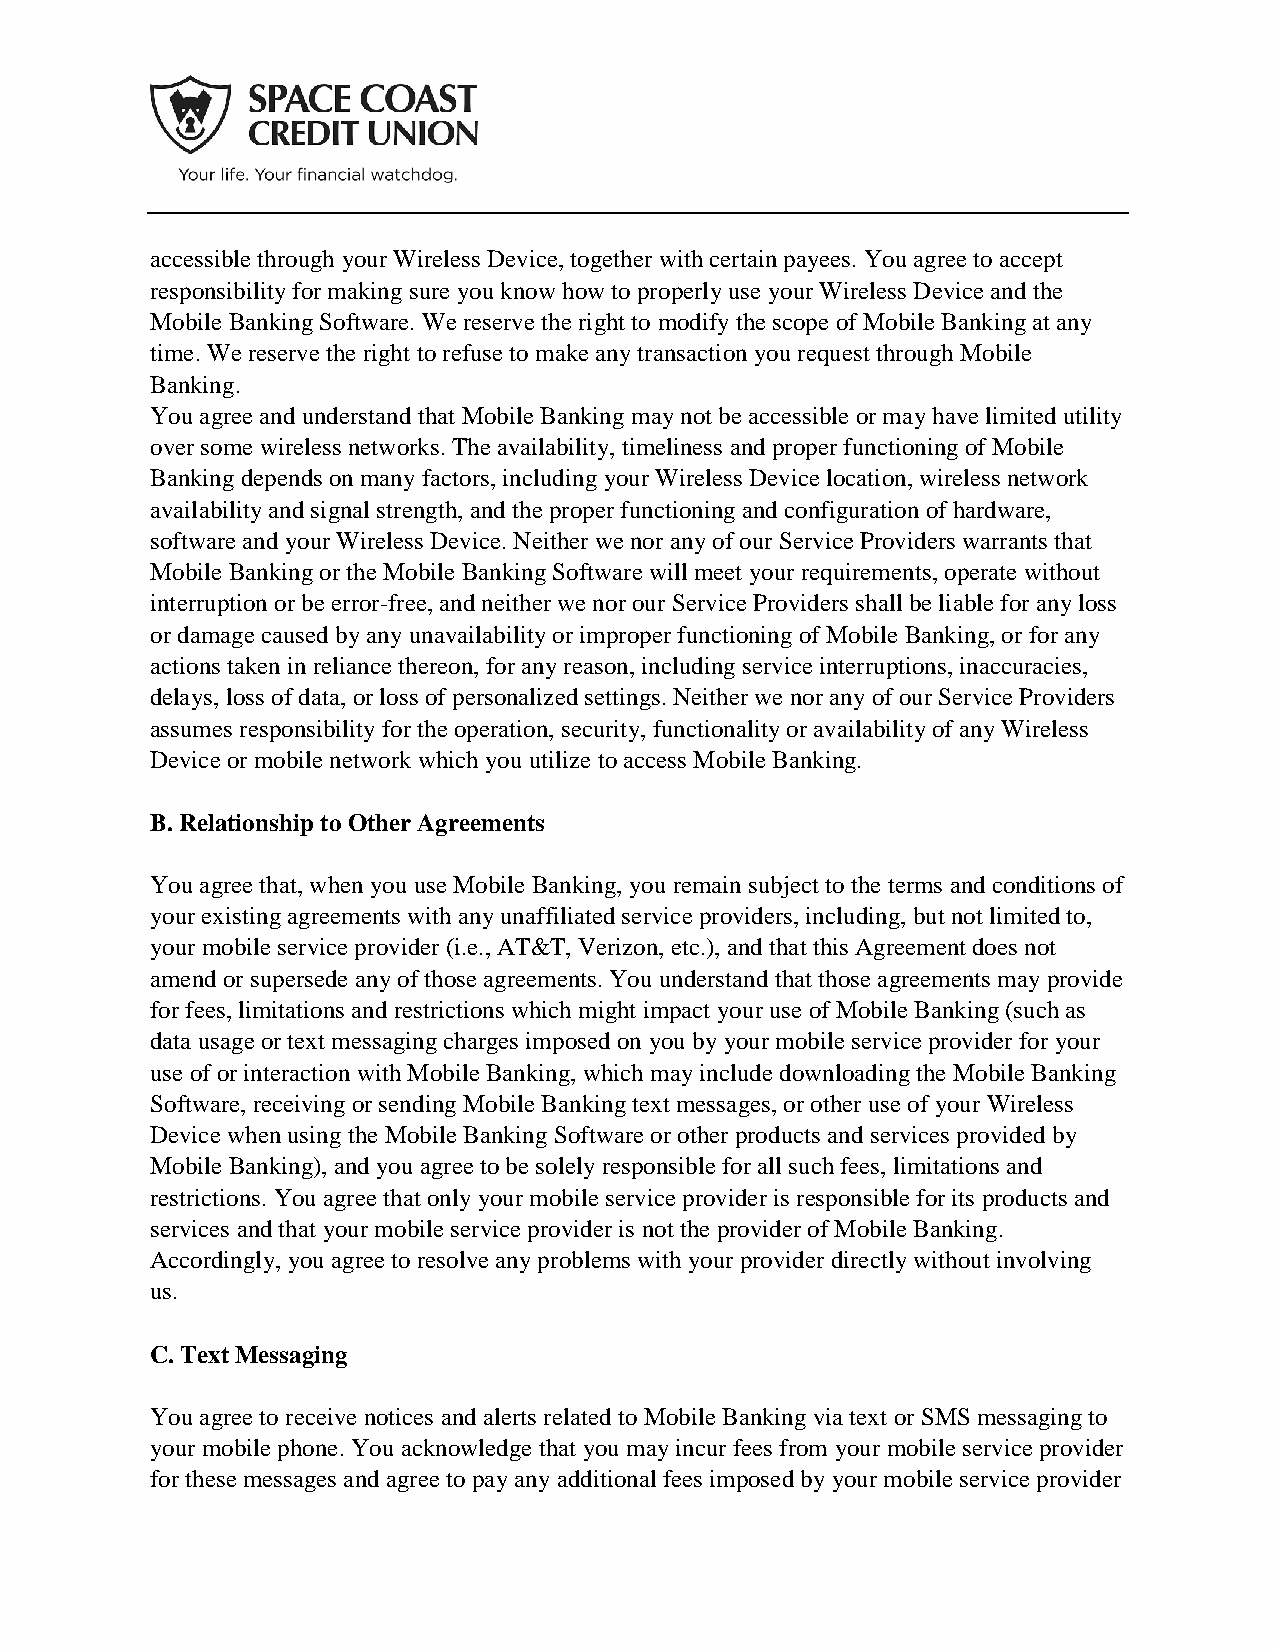
accessible through your Wireless Device, together with certain payees. You agree to accept
 responsibility for making sure you know how to properly use your Wireless Device and the
 Mobile Banking Software. We reserve the right to modify the scope of Mobile Banking at any
 time. We reserve the right to refuse to make any transaction you request through Mobile
 Banking.
 You agree and understand that Mobile Banking may not be accessible or may have limited utility
 over some wireless networks. The availability, timeliness and proper functioning of Mobile
 Banking depends on many factors, including your Wireless Device location, wireless network
 availability and signal strength, and the proper functioning and configuration of hardware,
 software and your Wireless Device. Neither we nor any of our Service Providers warrants that
 Mobile Banking or the Mobile Banking Software will meet your requirements, operate without
 interruption or be error-free, and neither we nor our Service Providers shall be liable for any loss
 or damage caused by any unavailability or improper functioning of Mobile Banking, or for any
 actions taken in reliance thereon, for any reason, including service interruptions, inaccuracies,
 delays, loss of data, or loss of personalized settings. Neither we nor any of our Service Providers
 assumes responsibility for the operation, security, functionality or availability of any Wireless
 Device or mobile network which you utilize to access Mobile Banking.
 B. Relationship to Other Agreements
 You agree that, when you use Mobile Banking, you remain subject to the terms and conditions of
 your existing agreements with any unaffiliated service providers, including, but not limited to,
 your mobile service provider (i.e., AT&T, Verizon, etc.), and that this Agreement does not
 amend or supersede any of those agreements. You understand that those agreements may provide
 for fees, limitations and restrictions which might impact your use of Mobile Banking (such as
 data usage or text messaging charges imposed on you by your mobile service provider for your
 use of or interaction with Mobile Banking, which may include downloading the Mobile Banking
 Software, receiving or sending Mobile Banking text messages, or other use of your Wireless
 Device when using the Mobile Banking Software or other products and services provided by
 Mobile Banking), and you agree to be solely responsible for all such fees, limitations and
 restrictions. You agree that only your mobile service provider is responsible for its products and
 services and that your mobile service provider is not the provider of Mobile Banking.
 Accordingly, you agree to resolve any problems with your provider directly without involving
 us.
 C. Text Messaging
 You agree to receive notices and alerts related to Mobile Banking via text or SMS messaging to
 your mobile phone. You acknowledge that you may incur fees from your mobile service provider
 for these messages and agree to pay any additional fees imposed by your mobile service provider